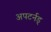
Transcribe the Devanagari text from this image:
अपटर्नड्